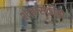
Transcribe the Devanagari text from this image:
शाबासकीचो